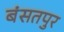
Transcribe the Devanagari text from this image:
बंसतपुर